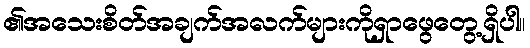
၏အသေးစိတ်အချက်အလက်များကိုရှာဖွေတွေ့ရှိပါ။